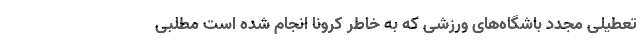
تعطیلی مجدد باشگاه‌های ورزشی که به خاطر کرونا انجام شده است مطلبی